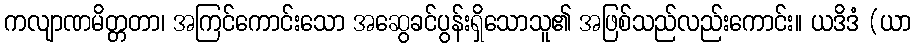
ကလျာဏမိတ္တတာ၊ အကြင်ကောင်းသော အဆွေခင်ပွန်းရှိသောသူ၏ အဖြစ်သည်လည်းကောင်း။ ယဒိဒံ (ယာ